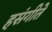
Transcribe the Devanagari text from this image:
हसंगीते